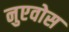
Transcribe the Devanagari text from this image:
नुएवोस